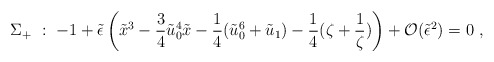
\begin{align*}\Sigma_+\ :\ -1+\tilde\epsilon\left( \tilde{x}^3 - \frac{3}{4} \tilde u_0^4 \tilde{x}- \frac{1}{4} (\tilde u_0^6 + \tilde u_1)- \frac{1}{4} (\zeta + \frac{1}{\zeta})\right) + {\cal O}(\tilde \epsilon^2) = 0 \ ,\end{align*}